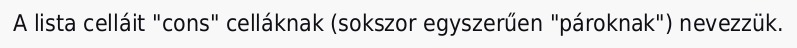
A lista celláit "cons" celláknak (sokszor egyszerűen "pároknak") nevezzük.